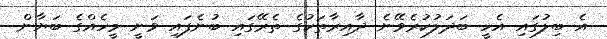
އެ ބިލުގައި އެހީ ބަދަލުކުރެވޭނެ ދާއިރާތަކުގެ ތެރޭގައި ބުނެފައި ވަނީ މީހެއްގެ ބަޔާން